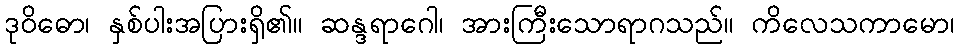
ဒုဝိဓော၊ နှစ်ပါးအပြားရှိ၏။ ဆန္ဒရာဂေါ၊ အားကြီးသောရာဂသည်။ ကိလေသကာမော၊